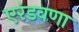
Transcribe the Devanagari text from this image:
एरंडवणा